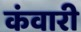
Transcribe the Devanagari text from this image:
कंवारी